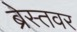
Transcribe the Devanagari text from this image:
ब्रेस्तवर